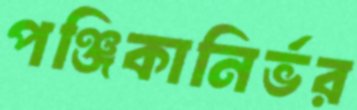
পঞ্জিকানির্ভর